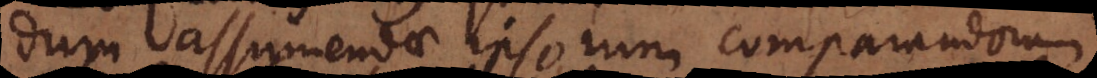
dum assumendae ipsorum comparandorum